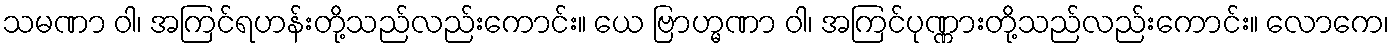
သမဏာ ဝါ၊ အကြင်ရဟန်းတို့သည်လည်းကောင်း။ ယေ ဗြာဟ္မဏာ ဝါ၊ အကြင်ပုဏ္ဏားတို့သည်လည်းကောင်း။ လောကေ၊